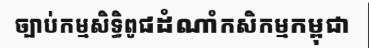
ច្បាប់កម្មសិទ្ធិពូជដំណាំកសិកម្មកម្ពុជា